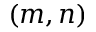
( m , n )